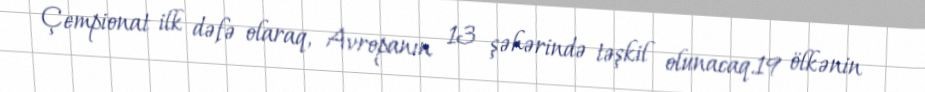
Çempionat ilk dəfə olaraq, Avropanın 13 şəhərində təşkil olunacaq.19 ölkənin